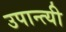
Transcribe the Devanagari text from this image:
उपान्त्यी